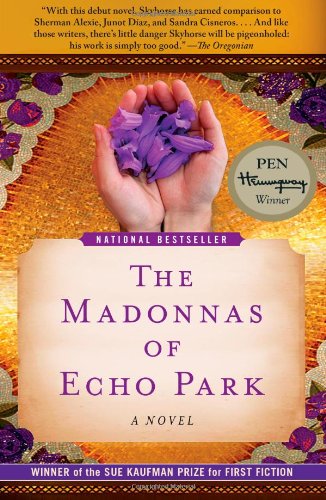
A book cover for The Madonnas of Echo Park: A Novel; Brando Skyhorse; Literature & Fiction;